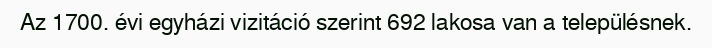
Az 1700. évi egyházi vizitáció szerint 692 lakosa van a településnek.